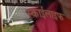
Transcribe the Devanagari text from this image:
स्काईलाइफ